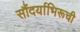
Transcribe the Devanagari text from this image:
सौंदर्याभिरूची